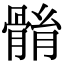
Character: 䯚